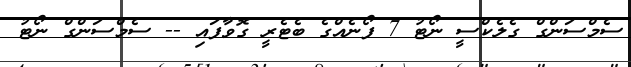
ސެމްސަންގް ގެލެކްސީ ނޯޓު 7 ފޯނެއްގެ ބެޓެރީ ގޮވާފައި -- ސެމްސަންގް ނޯޓު